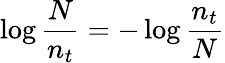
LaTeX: \log{\frac{N}{n_{t}}}=-\log{\frac{n_{t}}{N}}